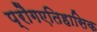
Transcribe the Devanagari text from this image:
प्रौगएतिहासिक